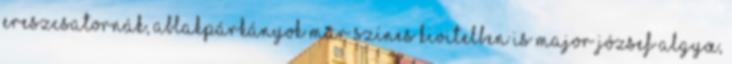
Ereszcsatornák, ablakpárkányok már színes kivitelben is Major József AlgyŒ,